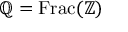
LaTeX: \mathbb { Q } = \operatorname { F r a c } ( \mathbb { Z } )